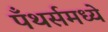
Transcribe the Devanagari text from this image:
पँथर्समध्ये